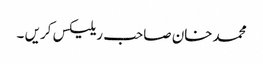
محمدخان صاحب ریلیکس کریں ۔